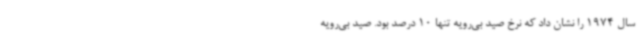
سال 1974 را نشان داد که نرخ صید بی‌رویه تنها 10 درصد بود. صید بی‌رویه